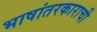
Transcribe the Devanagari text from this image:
भाषांतरकाराची